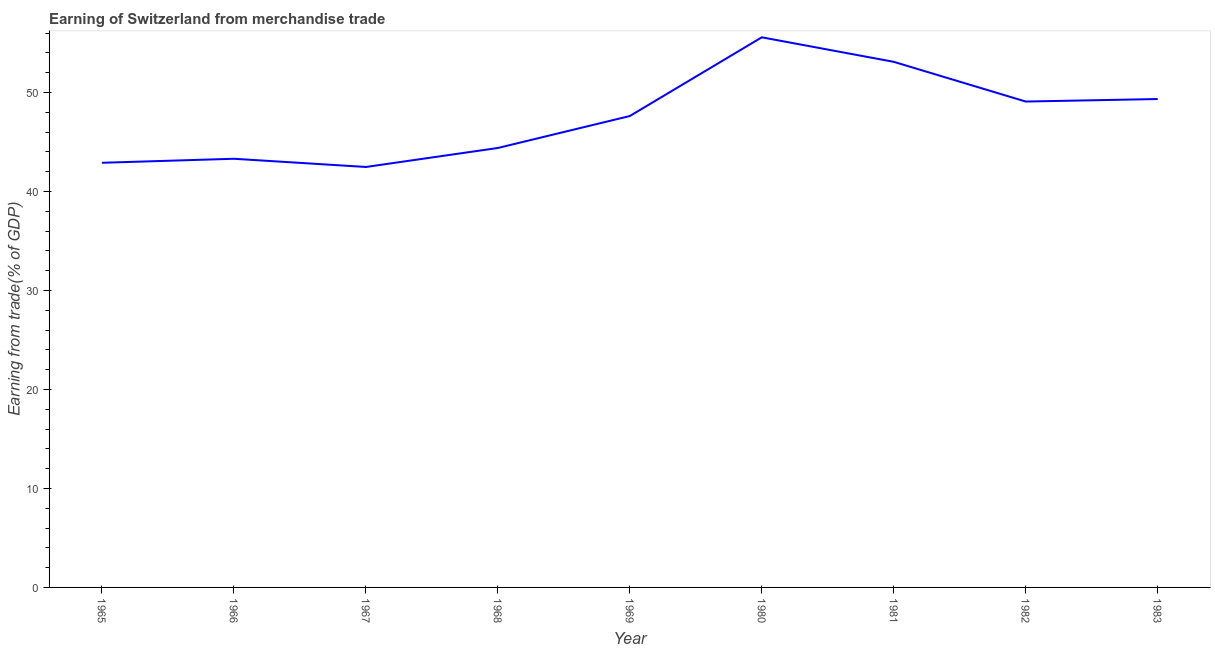
| Year | Merchandise trade |
 | --- | --- |
 | 1965 | 42.9 |
 | 1966 | 43.3 |
 | 1967 | 42.5 |
 | 1968 | 44.4 |
 | 1969 | 47.6 |
 | 1980 | 55.6 |
 | 1981 | 53.1 |
 | 1982 | 49.1 |
 | 1983 | 49.3 |